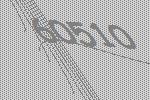
60510